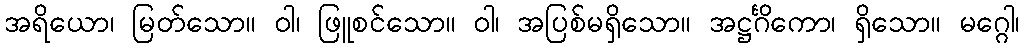
အရိယော၊ မြတ်သော။ ဝါ၊ ဖြူစင်သော။ ဝါ၊ အပြစ်မရှိသော။ အဋ္ဌင်္ဂိကော၊ ရှိသော။ မဂ္ဂေါ၊